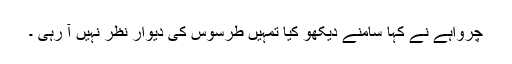
چرواہے نے کہا سامنے دیکھو کیا تمہیں طرسوس کی دیوار نظر نہیں آ رہی ۔